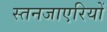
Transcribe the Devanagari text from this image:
स्तनजाएरियों